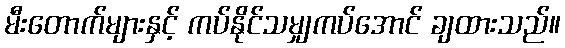
မီးတောက်များနှင့် ကပ်နိုင်သမျှကပ်အောင် ချထားသည်။